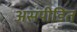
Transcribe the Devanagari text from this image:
असंपीडित